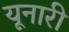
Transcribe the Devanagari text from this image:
यूनारी